Leaving Certificate Examination, 1915
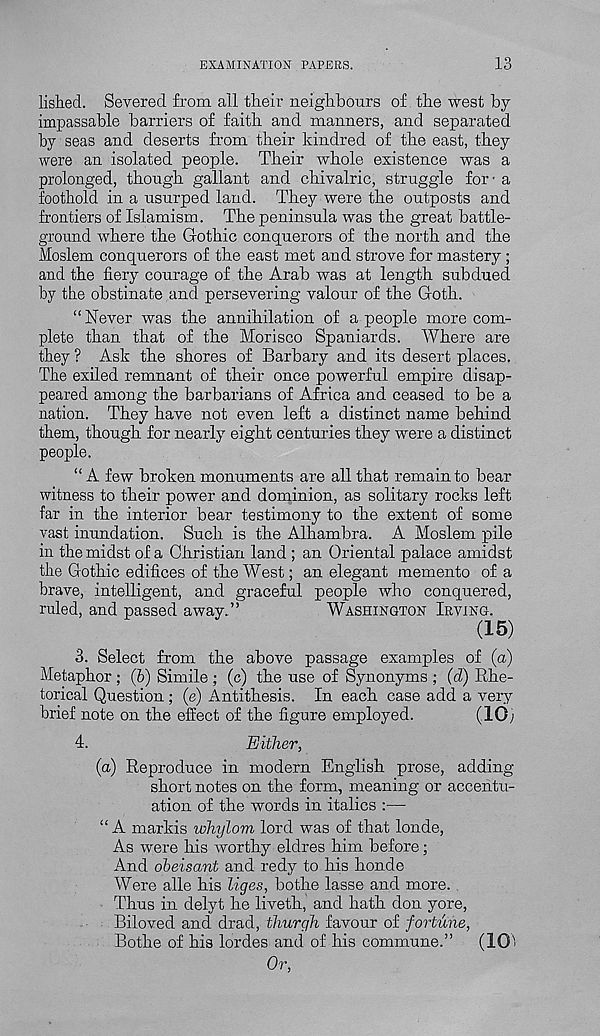
EXAMINATION PAPERS.
13
lished. Severed from all their neighbours of the west by
impassable barriers of faith and manners, and separated
by seas and deserts from their kindred of the east, they
were an isolated people. Their whole existence was a
prolonged, though gallant and chivalric, struggle for’ a
foothold in a usurped land. They were the outposts and
frontiers of Islamism. The peninsula was the great battle-
ground where the Gothic conquerors of the north and the
Moslem conquerors of the east met and strove for mastery ;
and the fiery courage of the Arab was at length subdued
by the obstinate and persevering valour of the Goth.
“Never was the annihilation of a people more com-
plete than that of the Morisco Spaniards. Where are
they ? Ask the shores of Barbary and its desert places.
The exiled remnant of their once powerful empire disap-
peared among the barbarians of Africa and ceased to be a
nation. They have not even ieft a distinct name behind
them, though for nearly eight centuries they were a distinct
people.
“ A few broken monuments are all that remain to bear
witness to their power and dominion, as solitary rocks left
far in the interior bear testimony to the extent of some
vast inundation. Such is the Alhambra. A Moslem pile
in the midst of a Christian land ; an Oriental palace amidst
the Gothic edifices of the West; an elegant memento of a
brave, intelligent, and graceful people who conquered,
ruled, and passed away.”
WASHINGTON IRVING.
(15)
3. Select from the above passage examples of (a)
Metaphor ; (b) Simile ; (c) the use of Synonyms ; (d) Rhe-
torical Question; (e) Antithesis. In each case add a very
brief note on the effect of the figure employed.
(10;
4.
Either,
(a) Reproduce in modern English prose, adding-
short notes on the form, meaning or accentu-
ation of the words in italics :—
“A markis whylom lord was of that londe,
As were his worthy eldres him before;
And obeisant and redy to his honde
Were alle his liges, bothe lasse and more.
Thus in delyt he liveth, and hath don yore,
Biloved and drad, thurgh favour of fortune,
Bothe of his lordes and of his commune.” (101
Or,